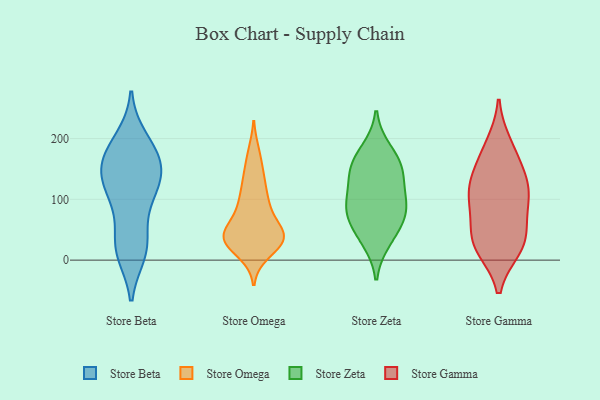
{"axis": {"x": "Operating Costs (USD K)", "y": "Value"}, "legend": ["Store Beta", "Store Gamma", "Store Omega", "Store Zeta"], "data": [{"x": "", "y": 91, "type": "Store Beta"}, {"x": "", "y": 19, "type": "Store Beta"}, {"x": "", "y": 116, "type": "Store Beta"}, {"x": "", "y": 13, "type": "Store Beta"}, {"x": "", "y": 131, "type": "Store Beta"}, {"x": "", "y": 188, "type": "Store Beta"}, {"x": "", "y": 166, "type": "Store Beta"}, {"x": "", "y": 156, "type": "Store Beta"}, {"x": "", "y": 171, "type": "Store Beta"}, {"x": "", "y": 21, "type": "Store Beta"}, {"x": "", "y": 198, "type": "Store Beta"}, {"x": "", "y": 30, "type": "Store Beta"}, {"x": "", "y": 150, "type": "Store Beta"}, {"x": "", "y": 106, "type": "Store Beta"}, {"x": "", "y": 138, "type": "Store Beta"}, {"x": "", "y": 143, "type": "Store Omega"}, {"x": "", "y": 45, "type": "Store Omega"}, {"x": "", "y": 41, "type": "Store Omega"}, {"x": "", "y": 41, "type": "Store Omega"}, {"x": "", "y": 177, "type": "Store Omega"}, {"x": "", "y": 30, "type": "Store Omega"}, {"x": "", "y": 11, "type": "Store Omega"}, {"x": "", "y": 94, "type": "Store Omega"}, {"x": "", "y": 126, "type": "Store Omega"}, {"x": "", "y": 26, "type": "Store Omega"}, {"x": "", "y": 75, "type": "Store Omega"}, {"x": "", "y": 95, "type": "Store Omega"}, {"x": "", "y": 39, "type": "Store Omega"}, {"x": "", "y": 41, "type": "Store Omega"}, {"x": "", "y": 143, "type": "Store Zeta"}, {"x": "", "y": 82, "type": "Store Zeta"}, {"x": "", "y": 87, "type": "Store Zeta"}, {"x": "", "y": 50, "type": "Store Zeta"}, {"x": "", "y": 33, "type": "Store Zeta"}, {"x": "", "y": 107, "type": "Store Zeta"}, {"x": "", "y": 148, "type": "Store Zeta"}, {"x": "", "y": 180, "type": "Store Zeta"}, {"x": "", "y": 80, "type": "Store Zeta"}, {"x": "", "y": 156, "type": "Store Zeta"}, {"x": "", "y": 106, "type": "Store Gamma"}, {"x": "", "y": 120, "type": "Store Gamma"}, {"x": "", "y": 104, "type": "Store Gamma"}, {"x": "", "y": 20, "type": "Store Gamma"}, {"x": "", "y": 175, "type": "Store Gamma"}, {"x": "", "y": 127, "type": "Store Gamma"}, {"x": "", "y": 34, "type": "Store Gamma"}, {"x": "", "y": 20, "type": "Store Gamma"}, {"x": "", "y": 146, "type": "Store Gamma"}, {"x": "", "y": 54, "type": "Store Gamma"}, {"x": "", "y": 87, "type": "Store Gamma"}, {"x": "", "y": 190, "type": "Store Gamma"}, {"x": "", "y": 30, "type": "Store Gamma"}]}